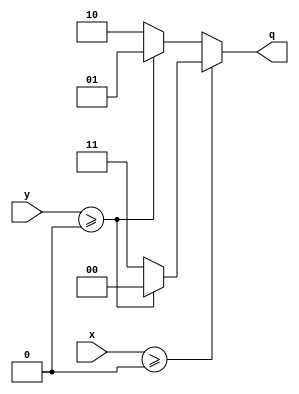
`timescale 1ns / 1ps
//////////////////////////////////////////////////////////////////////////////////
// Company:        MIT 6.111 Final Project
// 
// Module Name:    Quadrant Calc
// Project Name:   FPGA Radar Guidance
//
//////////////////////////////////////////////////////////////////////////////////
module quadrant(
    input signed [8:0] x,
    input signed [8:0] y,
    output [1:0] q
    );
	 
	 wire [1:0] x_p;
	 wire [1:0] x_n;
	 assign x_p = (y >= 0) ? 0 : 3;
	 assign x_n = (y >= 0) ? 1 : 2;
	 assign q = (x >= 0) ? x_p : x_n;

endmodule